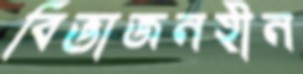
বিভাজনহীন